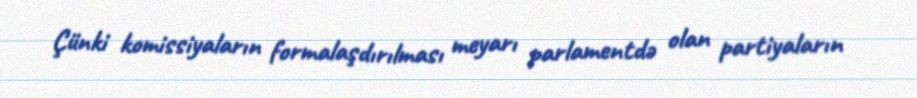
Çünki komissiyaların formalaşdırılması meyarı parlamentdə olan partiyaların